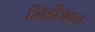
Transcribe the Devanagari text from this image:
खिंडीजवळ